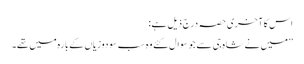
اس کا آخری حصہ درج ذیل ہے:
’’میں نے شاہ جی سے جو سوال کئے وہ سب سو دوزیاں کےبارہ میں تھے۔